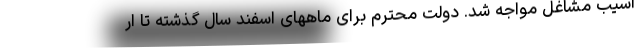
آسیب مشاغل مواجه شد. دولت محترم برای ماههای اسفند سال گذشته تا ار